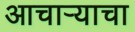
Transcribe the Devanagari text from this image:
आचाऱ्याचा